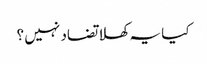
کیا یہ کھلا تضاد نہیں ؟